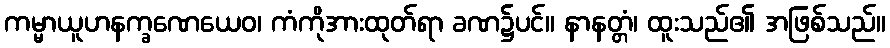
ကမ္မာယူဟနက္ခဏေယေဝ၊ ကံကိုအားထုတ်ရာ ခဏ၌ပင်။ နာနတ္တံ၊ ထူးသည်၏ အဖြစ်သည်။